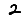
Digit: 2